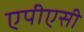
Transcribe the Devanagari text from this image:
एपीएसी